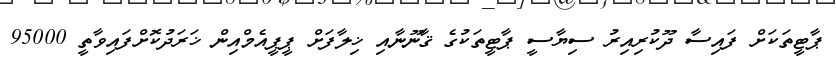
ޕާޓީތަކަށް ފައިސާ ދޫކުރިއިރު ސިޔާސީ ޕާޓީތަކުގެ ޤާނޫނާއި ޚިލާފަށް ޕީޕީއެމްއިން ޚަރަދުކޮށްފައިވާތީ 95000